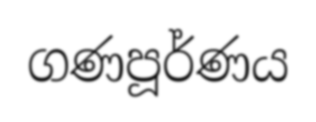
ගණපූර්ණය